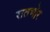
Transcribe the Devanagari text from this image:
रातभोर